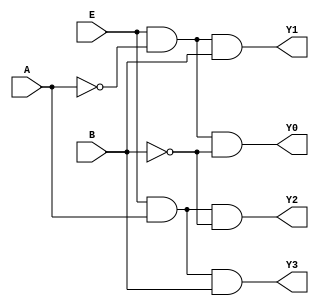
module decode_2(E,A,B,Y3,Y2,Y1,Y0);
  input E,A,B;
  output Y3,Y2,Y1,Y0;
  assign Y3=E&A&B;
  assign Y2=E&A&~B;
  assign Y1=E&~A&B;
  assign Y0=E&~A&~B;
endmodule